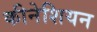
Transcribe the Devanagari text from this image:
कीनेशियन